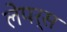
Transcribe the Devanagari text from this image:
लेपर्स